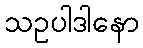
သဥပါဒါနော